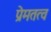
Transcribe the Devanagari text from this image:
प्रेमतत्व